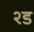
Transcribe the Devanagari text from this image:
२ड